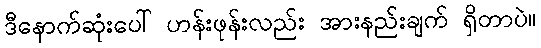
ဒီနောက်ဆုံးပေါ် ဟန်းဖုန်းလည်း အားနည်းချက် ရှိတာပဲ။